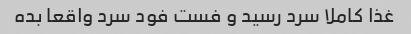
غذا کاملا سرد رسید و فست فود سرد واقعا بده